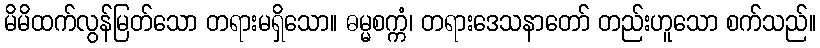
မိမိထက်လွန်မြတ်သော တရားမရှိသော။ ဓမ္မစက္ကံ၊ တရားဒေသနာတော် တည်းဟူသော စက်သည်။